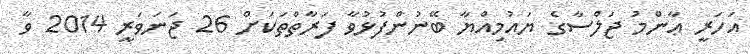
އަހަރީ ޢާންމު ޖަލްސާގެ ޔައުމިއްޔާ ބޭނުންފުޅުވާ ފަރާތްތަކަށް 26 ޖަނަވަރީ 2014 ވާ